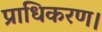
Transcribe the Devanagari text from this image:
प्राधिकरण।